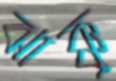
ঝাক্কু